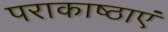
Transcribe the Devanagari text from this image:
पराकाष्ठाएं